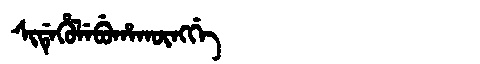
Manchu: ᠰᡳᡩᡝᡥᡠᠯᡝᠪᡠᡥᠠᡴᡡᠩᡤᡝ
Romanization: SIDEHULEBUHAKŪNGGE